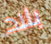
بلاد